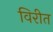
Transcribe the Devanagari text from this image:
विरीत